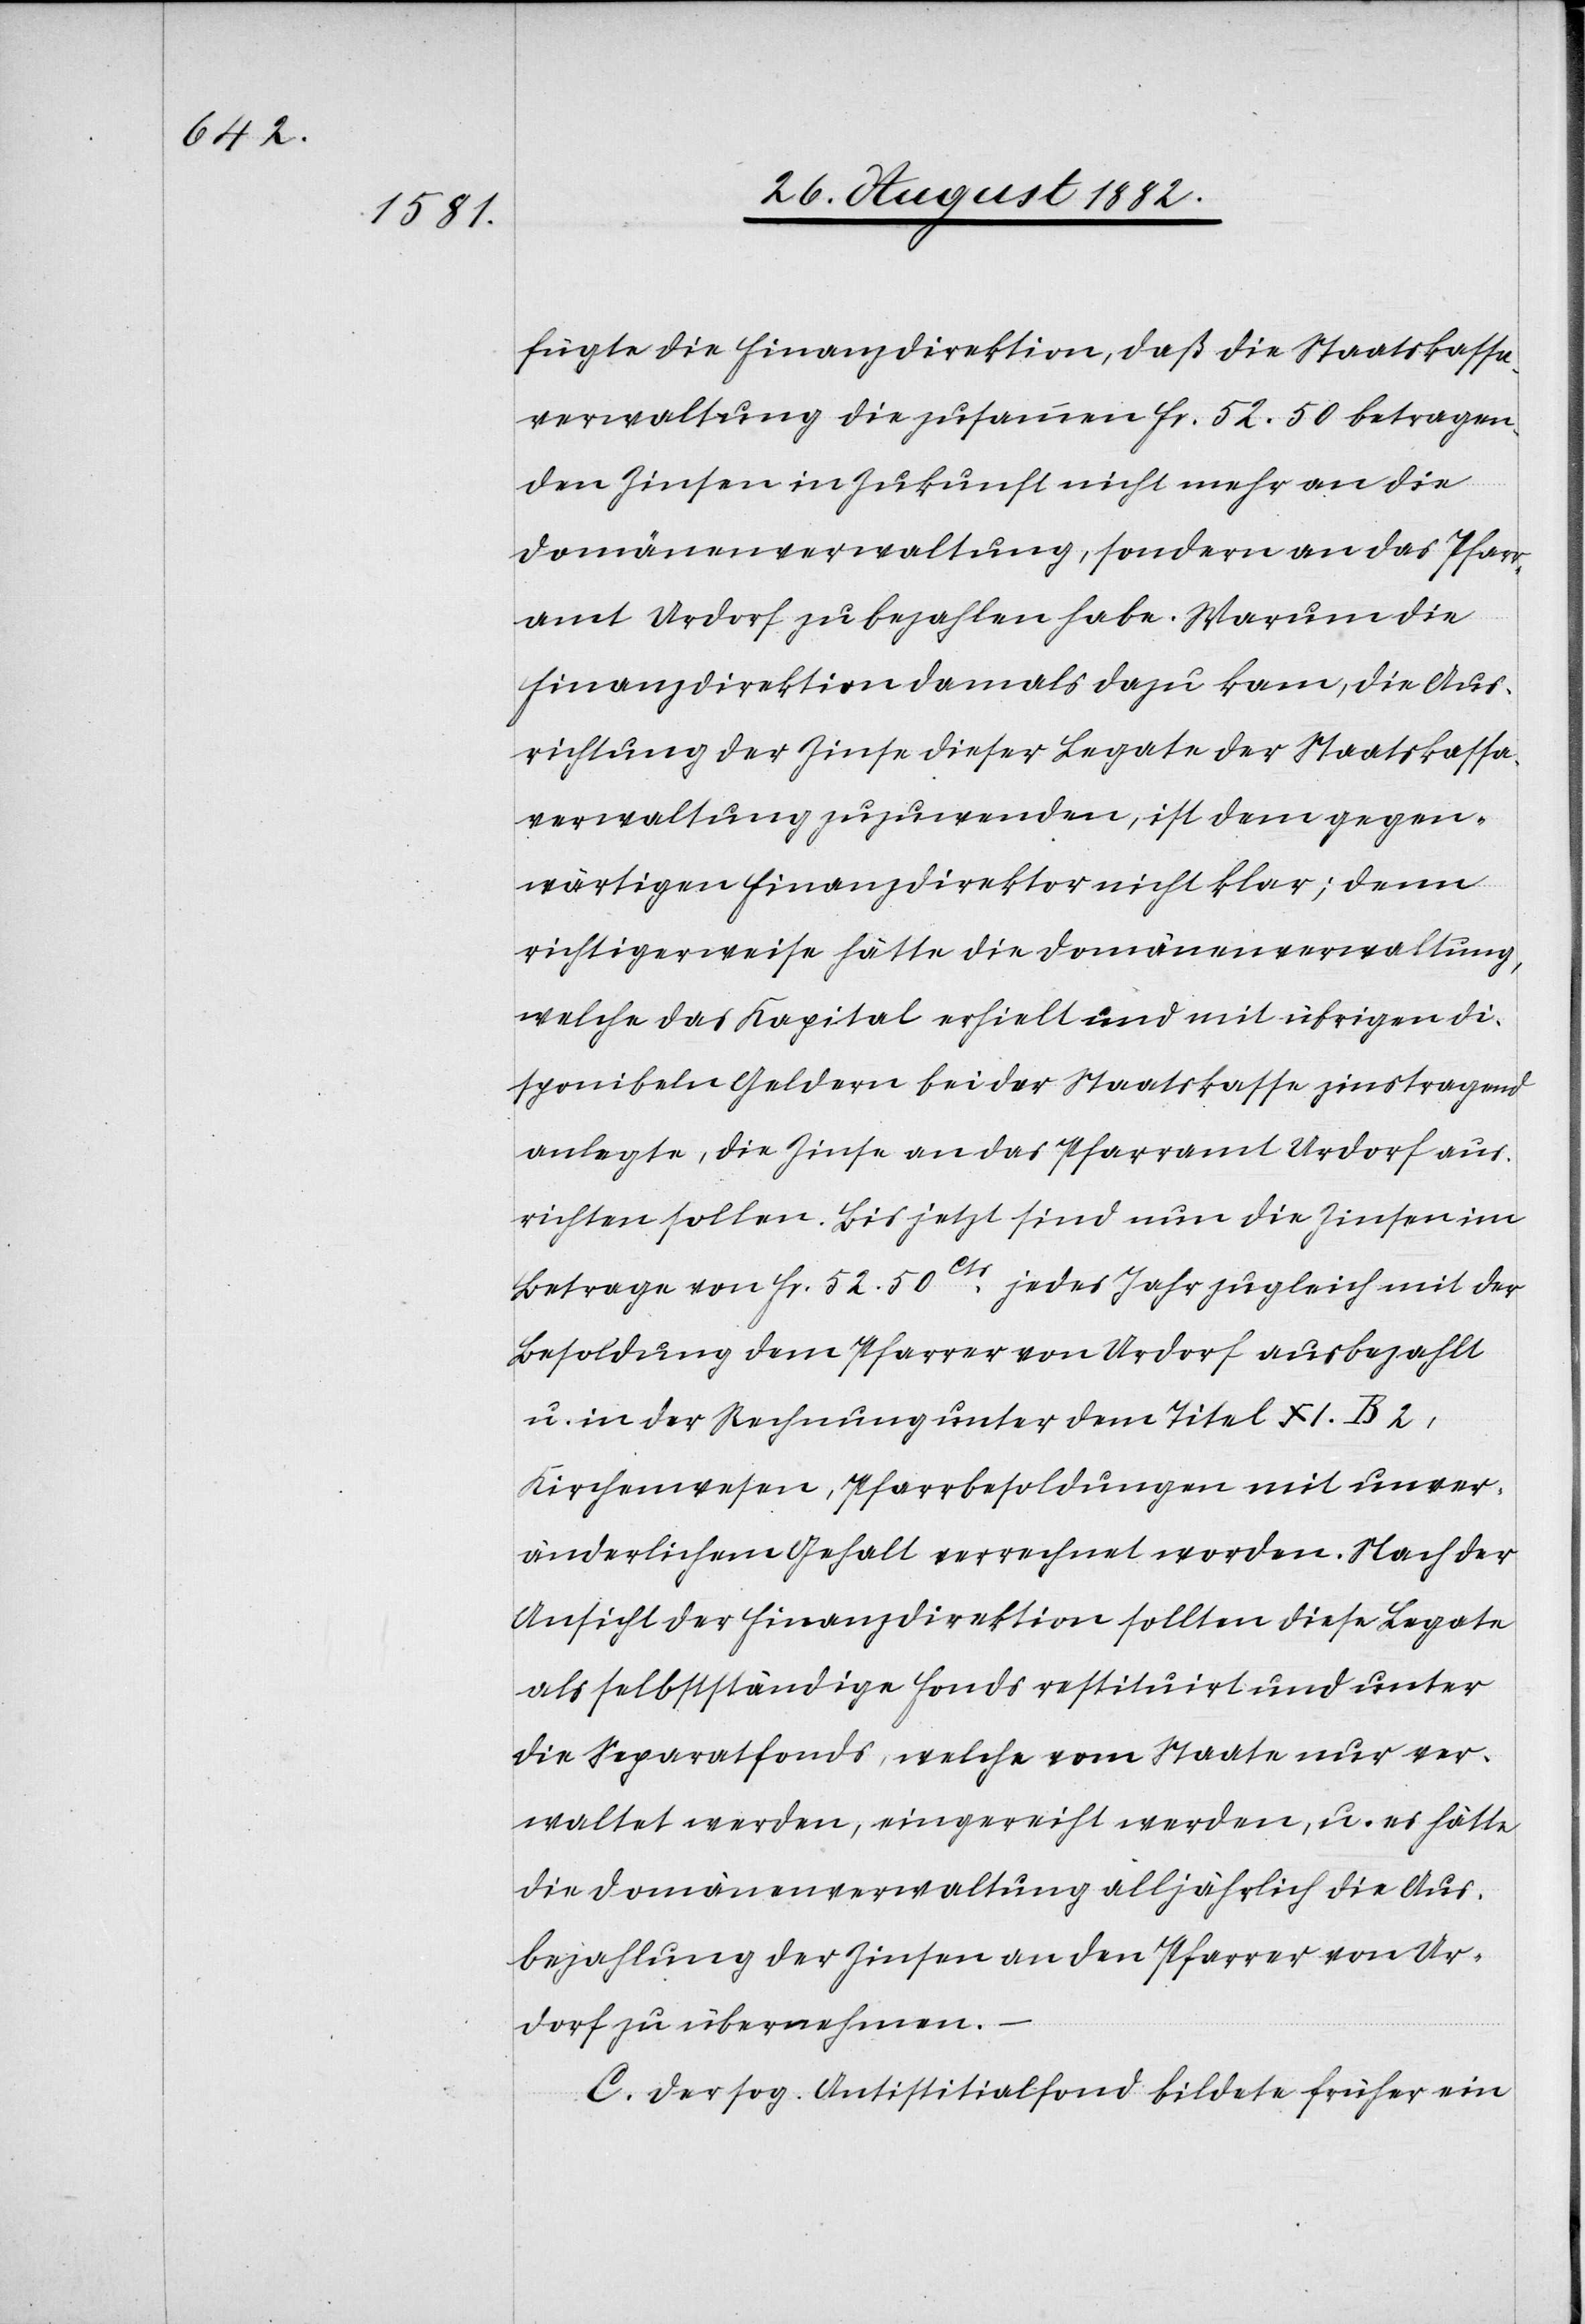
fügte die Finanzdirektion, daß die Staatskassa¬
verwaltung die zusammen Fr. 52.50 betragen¬
den Zinsen in Zukunft nicht mehr an die
Domänenverwaltung, sondern an das Pfarr¬
amt Urdorf zu bezahlen habe. Warum die
Finanzdirektion damals dazu kam,die Aus¬
richtung der Zinse dieser Legate der Staatskassa¬
verwaltung zuzuwenden, ist dem gegen¬
wärtigen Finanzdirektor nicht klar; denn
richtigerweise hätte die Domänenverwaltung,
welche das Kapital erhielt und mit übrigen di¬
sponiblen Geldern bei der Staatskasse zinstragend
anlegte, die Zinse an das Pfarramt Urdorf aus¬
richten sollen. Bis jetzt sind nun die Zinsen im
Betrage von Fr. 52. 50Cts. jedes Jahr zugleich mit der
Besoldung dem Pfarrer von Urdorf ausbezahlt
u. in der Rechnung unter dem Titel XI. B 2,
Kirchenwesen, Pfarrbesoldungen mit unver¬
änderlichem Gehalt verrechnet worden. Nach der
Ansicht der Finanzdirektion sollten diese Legate
als selbstständige Fonds restituirt und unter
die Separatfonds, welche vom Staate nur ver¬
waltet werden, eingereiht werden, u. es hätte
die Domänenverwaltung alljährlich die Aus¬
bezahlung der Zinsen an den Pfarrer von Ur¬
dorf zu übernehmen.
C. Der sog. Anstistisialfond bildete früher ein